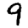
Digit: 9